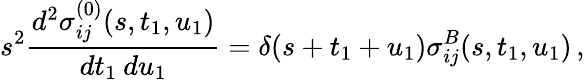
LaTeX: s^{2}\frac{d^{2}\sigma_{ij}^{(0)}(s,t_{1},u_{1})}{dt_{1}\: du_{1}}=\delta(s+t_{1}+u_{1})\sigma_{ij}^{B}(s,t_{1},u_{1})\, ,